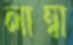
লাম্বা